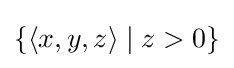
{\textstyle \{\langle x,y,z\rangle \mid z>0\}}